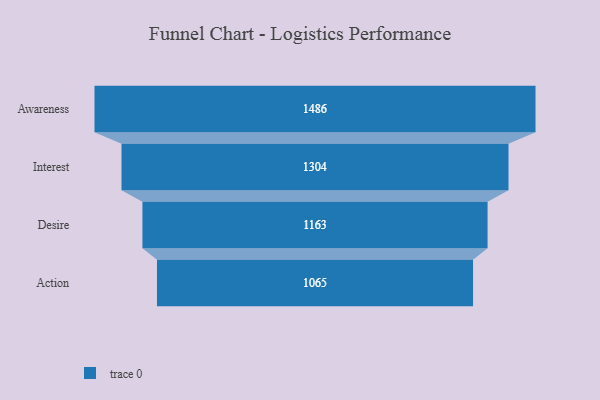
{"axis": {"x": "Stage", "y": "Value"}, "legend": [""], "data": [{"x": "Awareness", "y": 1486.0, "type": ""}, {"x": "Interest", "y": 1304.0, "type": ""}, {"x": "Desire", "y": 1163.0, "type": ""}, {"x": "Action", "y": 1065.0, "type": ""}]}